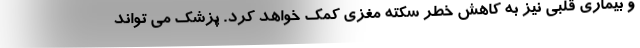
و بیماری قلبی نیز به کاهش خطر سکته مغزی کمک خواهد کرد. پزشک می تواند